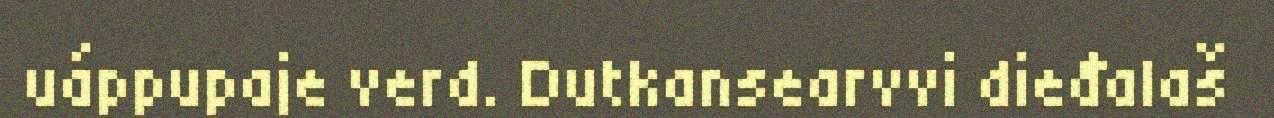
uáppupaje verd. Dutkansearvvi dieđalaš